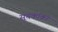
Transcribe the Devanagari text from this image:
सूचकांकां